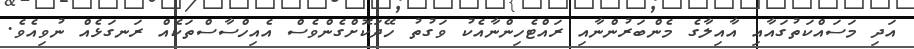
އަދި މަސައްކަތުގައާއި އާއިލާގެ މެންބަރުންނާއި ރައްޓެހިންނާއެކު ވަގުތު ހޭދަކޮށްގެންވެސް އެއިހްސާސްތަކެއް ރަނގަޅެއް ނުވިއެވެ.